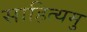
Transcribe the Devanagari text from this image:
साहित्यमु